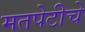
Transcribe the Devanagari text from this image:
मतपेटीचे